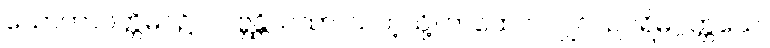
သောတာပတ္တိမဂ်၌။ လဗ္ဘန္တိယထာ၊ သကဲ့သို့။ တထေဝ၊ လျှင်။ ဥပရိမဂ္ဂတ္တယေ၊